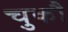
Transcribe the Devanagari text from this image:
चुकौ